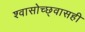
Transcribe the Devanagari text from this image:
श्वासोच्छ्वासही